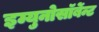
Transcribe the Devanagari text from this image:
इम्युनोसॉर्बेन्ट